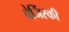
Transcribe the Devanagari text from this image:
ब्रेजिंस्की